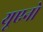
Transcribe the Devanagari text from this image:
यूएनो